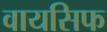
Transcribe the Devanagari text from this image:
वायसिफ